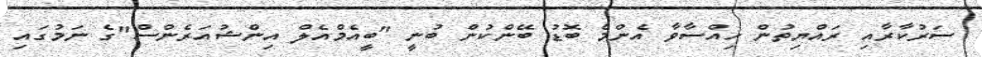
ސަރުކާރާއި ރައްޔިތުން ހިއްސާވާ އެންމެ ބޮޑު ބޭންކުން ބުނީ "ބީއެމްއެލް އިންޝުއަރެންސް"ގެ ނަމުގައި